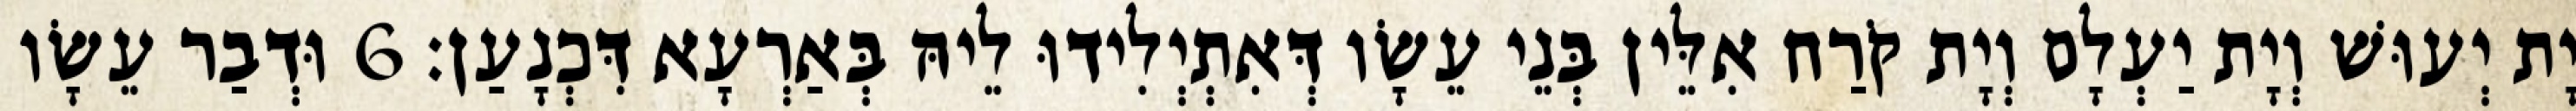
יָת יְעוּשׁ וְיָת יַעְלָם וְיָת קֹרַח אִלֵּין בְּנֵי עֵשָׂו דְּאִתְיְלִידוּ לֵיהּ בְּאַרְעָא דִּכְנָעַן׃ 6 וּדְבַר עֵשָׂו